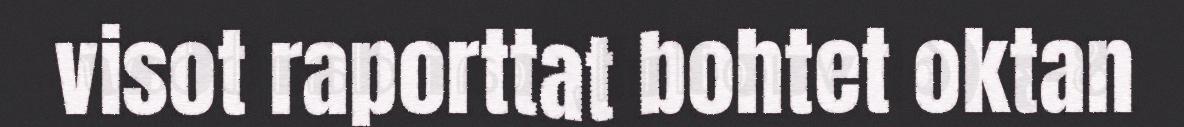
visot raporttat bohtet oktan